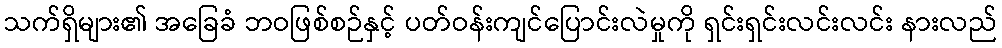
သက်ရှိများ၏ အခြေခံ ဘဝဖြစ်စဉ်နှင့် ပတ်ဝန်းကျင်ပြောင်းလဲမှုကို ရှင်းရှင်းလင်းလင်း နားလည်